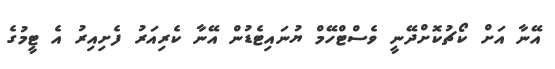
އޭނާ އަށް ކޯޗުކޮށްދޭނީ ވެސްޓްހޭމް ޔުނައިޓެޑުން އޭނާ ކެރިއަރު ފެށިއިރު އެ ޓީމުގެ